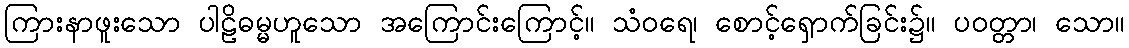
ကြားနာဖူးသော ပါဠိဓမ္မဟူသော အကြောင်းကြောင့်။ သံဝရေ၊ စောင့်ရှောက်ခြင်း၌။ ပဝတ္တာ၊ သော။